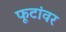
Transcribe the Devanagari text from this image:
फूटांवर